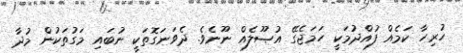
ހުރިހާ ކަމެއް ފުއްދުމަކީ ހަމަޖެގޭ އުޞޫލެއް ނޫނެވެ. ދެވަނަގޮތަކީ ނުބައި މަގުތަކުން މުދާ